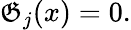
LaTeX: \mathfrak{G}_{j}(x)=0.